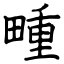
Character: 畽